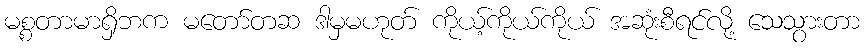
မစ္စတာမာရှိဘက မတော်တဆ ဒါမှမဟုတ် ကိုယ့်ကိုယ်ကိုယ် အဆုံးစီရင်လို့ သေသွားတာ